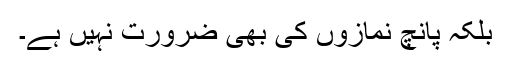
بلکہ پانچ نمازوں کی بھی ضرورت نہیں ہے۔